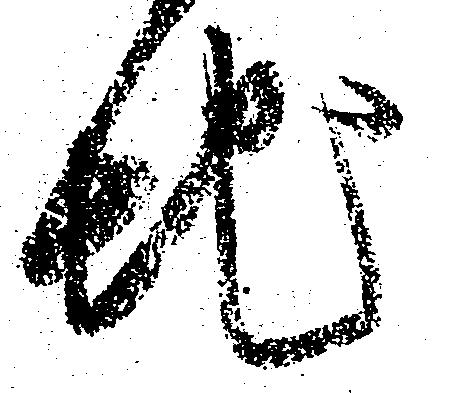
地